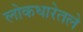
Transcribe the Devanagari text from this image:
लोकधारेतले